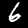
Label: 6